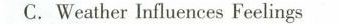
C.Weather Influences Feelings